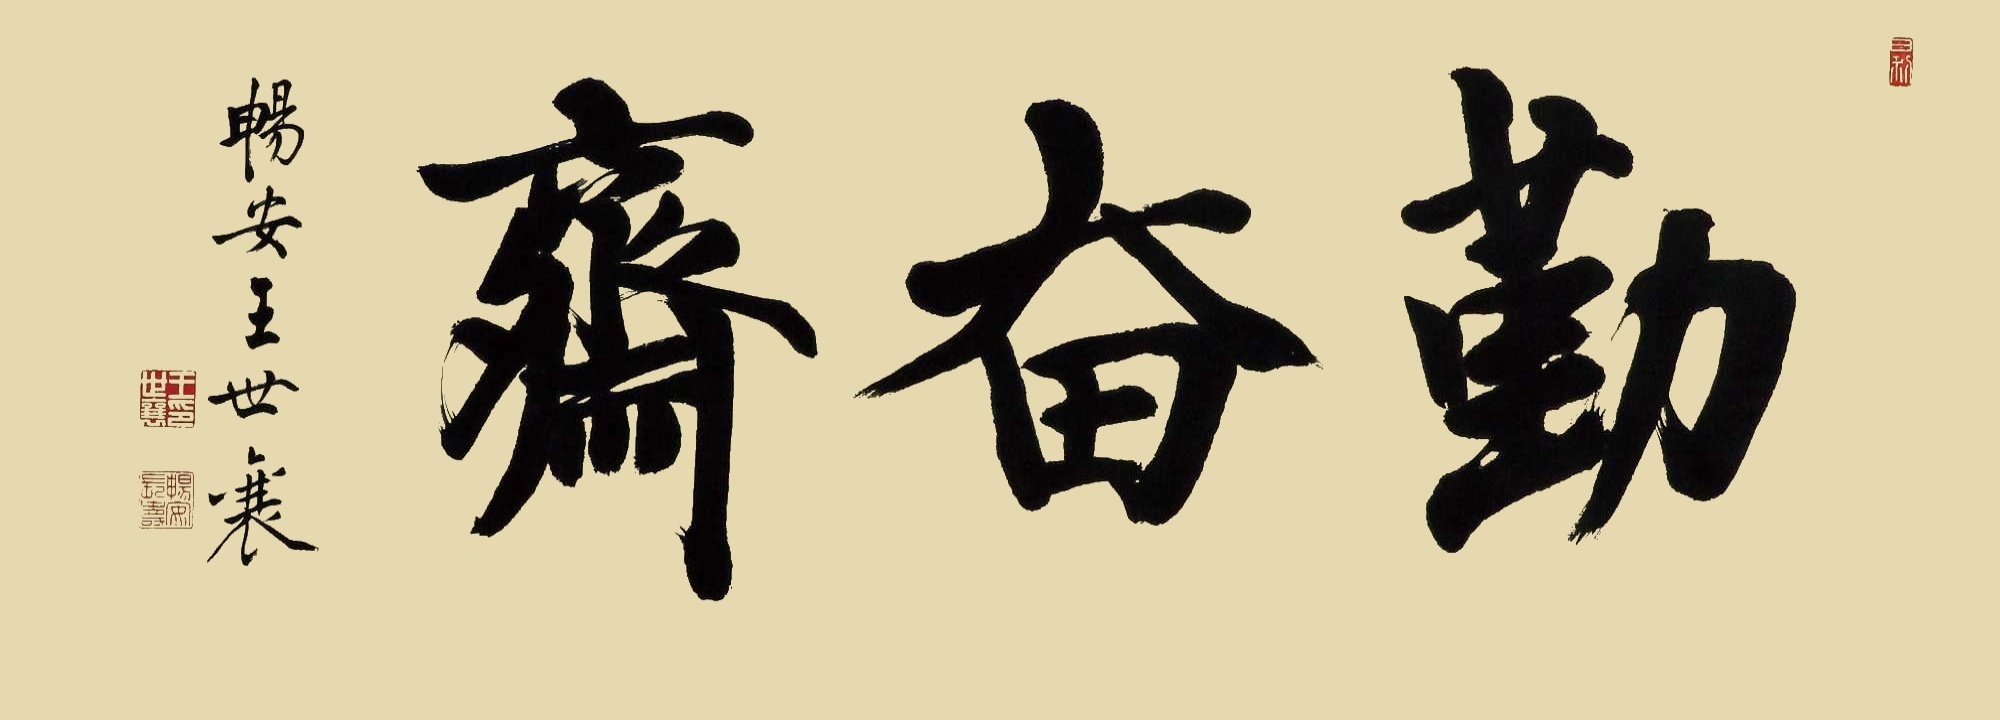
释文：勤奋斋畅安王世襄